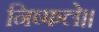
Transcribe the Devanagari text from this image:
निष्फले।।